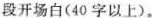
段开场白(40字以上)。